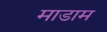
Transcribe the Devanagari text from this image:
माडाम